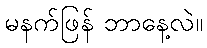
မနက်ဖြန် ဘာနေ့လဲ။